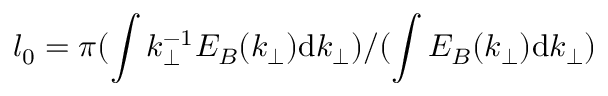
l _ { 0 } = \pi ( \int k _ { \perp } ^ { - 1 } E _ { B } ( k _ { \perp } ) \mathrm { d } k _ { \perp } ) / ( \int E _ { B } ( k _ { \perp } ) \mathrm { d } k _ { \perp } )